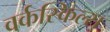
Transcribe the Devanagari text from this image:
वर्कस्किल्स